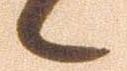
候